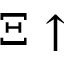
\Xi \uparrow